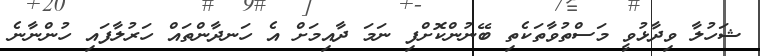
ޝަހުލާ ވިދާޅުވީ މަސްތުވާތަކެތި ބޭނުންކޮށްފި ނަމަ ދާއިމަށް އެ ހަނދާންތައް ހަރުލާފައި ހުންނާނެ